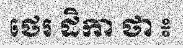
ថេរ ដិកា ថា ៖